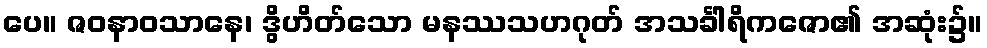
ပေ။ ဇဝနာဝသာနေ၊ ဒွိဟိတ်သော မနဿသဟဂုတ် အသင်္ခါရိကဇော၏ အဆုံး၌။